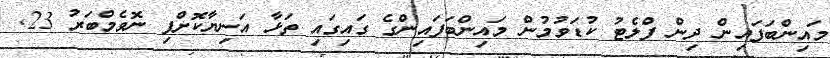
މައިންބަފައިން ދިން ފްލެޓު ކުޑަވުމުން މައިންބަފައިންގެ ގައިގައި ތަޅާ އަނިޔާކޮށްފި ނޮވެމްބަރު 23